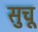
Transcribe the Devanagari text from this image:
सुचू